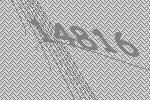
14816